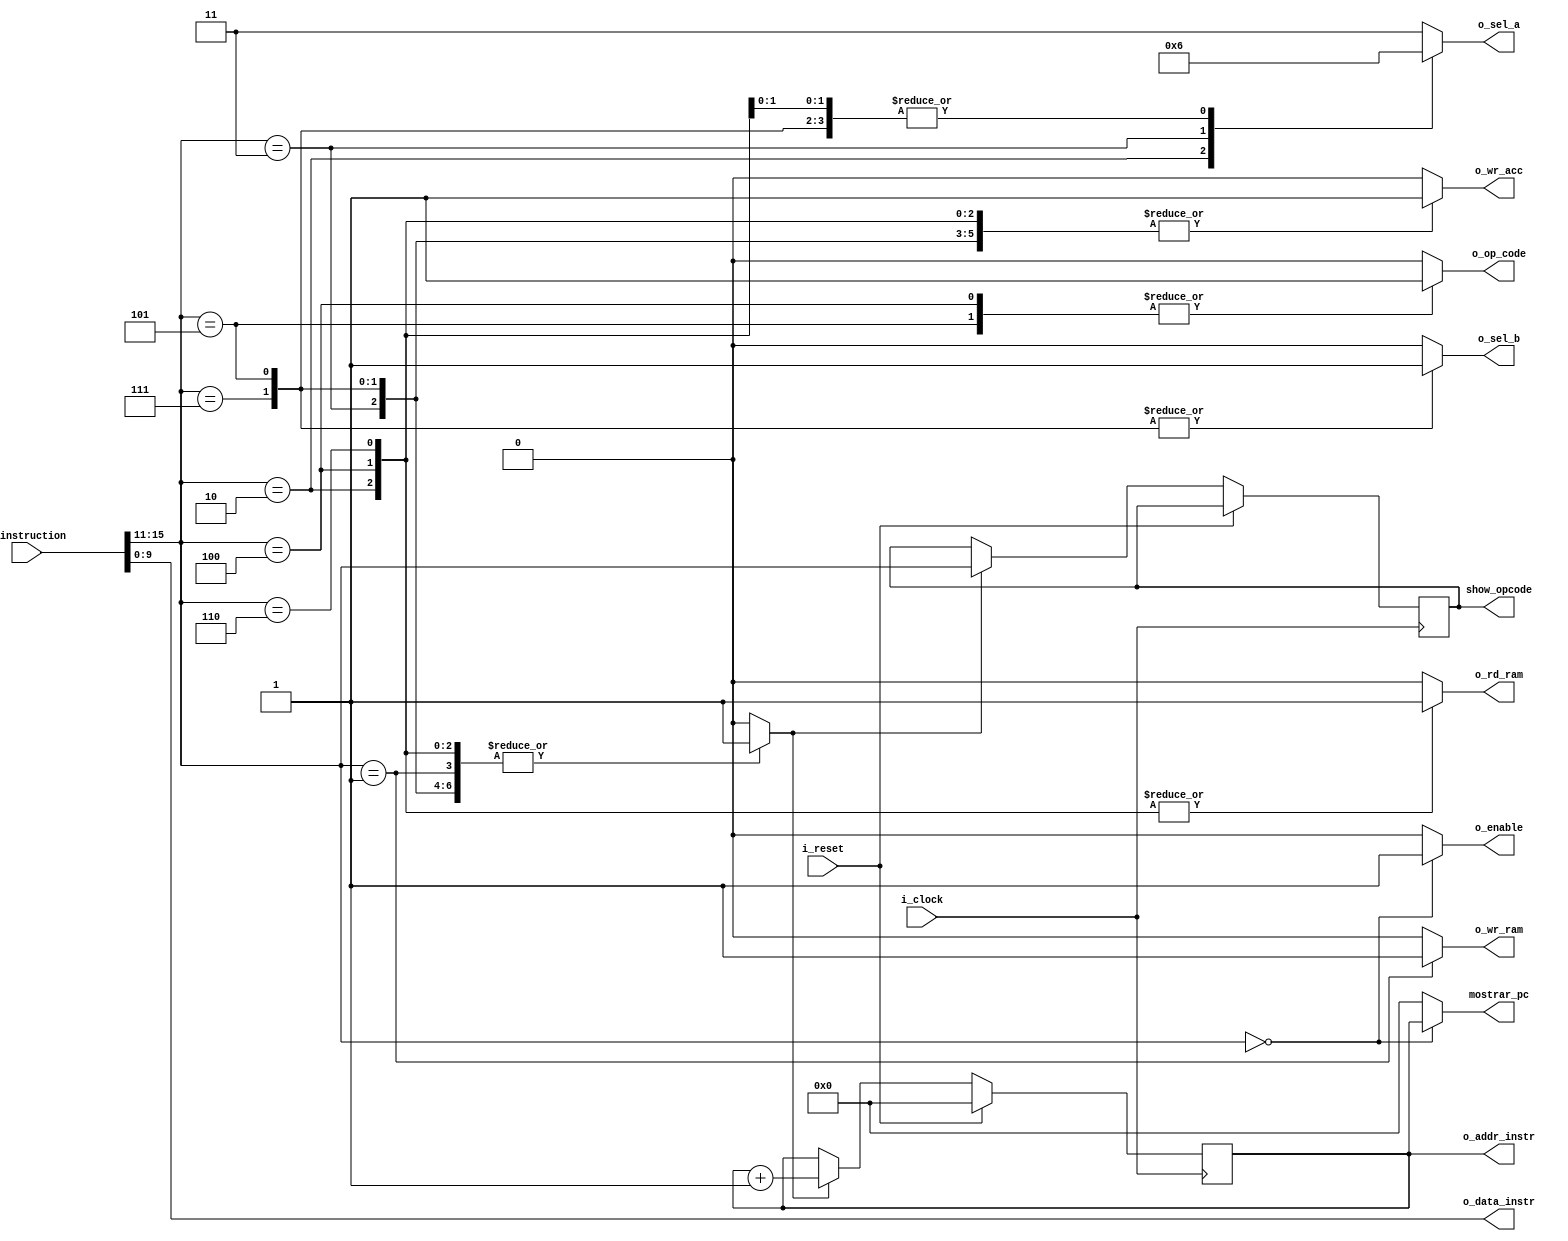
`timescale 1ns / 1ps

module bip_control
#(
    // Parameters.
    parameter 									NB_DATA = 16,
    parameter 									NB_OPCODE = 5,
    parameter 									NB_OPERAND = 11,
    parameter 									N_INSMEM_ADDR = 2048,
    parameter 									NB_INS = 11,
    parameter 									N_DATA_ADDR = 1024, 
    parameter 									LOG2_N_DATA_ADDR = 10,
    parameter 									NB_SEL_A = 2
)
(
    // Outputs.
    output reg 		[NB_SEL_A-1:0]				o_sel_a,
    output reg 									o_sel_b,
    output reg 									o_wr_acc,
    output reg 									o_op_code,
    output reg 									o_wr_ram,
    output reg 									o_rd_ram,
    output wire 	[NB_INS-1:0]                o_addr_instr,
    output wire 	[LOG2_N_DATA_ADDR-1:0]	    o_data_instr,
    output wire     [NB_INS-1:0]                mostrar_pc,
    output reg                                  o_enable,
    output wire     [NB_OPCODE-1:0]             show_opcode,
    // Inputs.
    input  wire 	[NB_DATA-1:0]				i_instruction,
    input  wire 								i_clock,
//    input  wire 								i_valid,
    input  wire 								i_reset 							
) ;	

    //==========================================================================
    // LOCAL PARAMETERS.
    //==========================================================================

    //Operations
    localparam 		[NB_OPERAND-1:0]			HALT = 0;
    localparam 		[NB_OPERAND-1:0]			STORE_VARIABLE = 1;
    localparam 		[NB_OPERAND-1:0]			LOAD_VARIABLE = 2;
    localparam 		[NB_OPERAND-1:0]			LOAD_IMMEDIATE = 3;
    localparam 		[NB_OPERAND-1:0]			ADD_VARIABLE = 4;
    localparam 		[NB_OPERAND-1:0]			ADD_IMMEDIATE = 5;
    localparam 		[NB_OPERAND-1:0]			SUBSTRACT_VARIABLE = 6;
    localparam 		[NB_OPERAND-1:0]			SUBSTRACT_IMMEDIATE = 7;


    //==========================================================================
    // INTERNAL SIGNALS.
    //==========================================================================
    reg 			[NB_INS-1:0]			pc;       //Program Counter Register
    reg 								    wr_pc;     //Add 1 to PC
    reg             [NB_OPCODE-1:0]         opcode;
    reg             [NB_INS-1:0]            pc_reg;
    //==========================================================================
    // ALGORITHM.
    //==========================================================================
    assign o_addr_instr = pc ;
    assign o_data_instr = i_instruction[NB_OPERAND-1:0] ; //LOG2_N_DATA_ADDR
    assign show_opcode = opcode;

    // PC refresh
    always @ (negedge i_clock)
    begin
    	if (i_reset) 
    	begin
    		pc <= 1'b0 ; //{N_INSMEM_ADDR{1'b0}};
    	end
//    	else if (i_valid && wr_pc)
    	else if (wr_pc)
            begin
            pc <= pc + 1'b1 ;
            opcode <= i_instruction[NB_DATA-1-:NB_OPCODE];
            end
    end
    
//    always @ (negedge i_clock)
//    begin
//        if(o_enable)
//        begin
//            pc_reg<=pc;
//        end
//    end
 
    assign mostrar_pc = pc_reg;

    always @(*) begin
    	case(i_instruction[NB_DATA-1-:NB_OPCODE])
    		HALT :
    		begin
    			wr_pc = 1'b0 ;
                o_sel_a = 2'b11 ;
                o_sel_b = 1'b0 ;
                o_wr_acc = 1'b0 ;
                o_op_code = 1'b0 ;
                o_wr_ram = 1'b0 ;
                o_rd_ram = 1'b0 ;
                o_enable = 1'b1;
                pc_reg = pc;
    		end
    		STORE_VARIABLE :
    		begin
    			wr_pc = 1'b1 ;
                o_sel_a = 2'b11 ; //Ver
                o_sel_b = 1'b0 ;
                o_wr_acc = 1'b0 ;
                o_op_code = 1'b0 ;
                o_wr_ram = 1'b1 ;
                o_rd_ram = 1'b0 ;
                o_enable = 1'b0;
                pc_reg = 0;
    		end
    		LOAD_VARIABLE :
    		begin
    			wr_pc = 1'b1 ;
                o_sel_a = 2'b00 ;
                o_sel_b = 1'b0 ;
                o_wr_acc = 1'b1 ;
                o_op_code = 1'b0 ;
                o_wr_ram = 1'b0 ;
                o_rd_ram = 1'b1 ;
                o_enable = 1'b0;
                pc_reg = 0;
    		end
    		LOAD_IMMEDIATE : 
    		begin
    			wr_pc = 1'b1 ;
                o_sel_a = 2'b01 ;
                o_sel_b = 1'b0 ;
                o_wr_acc = 1'b1 ;
                o_op_code = 1'b0 ;
                o_wr_ram = 1'b0 ;
                o_rd_ram = 1'b0 ;
                o_enable = 1'b0;
                pc_reg = 0;
    		end
    		ADD_VARIABLE : 
    		begin
    			wr_pc = 1'b1 ;
                o_sel_a = 2'b10 ;
                o_sel_b = 1'b0 ;
                o_wr_acc = 1'b1 ;
                o_op_code = 1'b1 ;
                o_wr_ram = 1'b0 ;
                o_rd_ram = 1'b1 ;
                o_enable = 1'b0;
                pc_reg = 0;
    		end
    		ADD_IMMEDIATE :
    		begin
    			wr_pc = 1'b1 ;
                o_sel_a = 2'b10 ;
                o_sel_b = 1'b1 ;
                o_wr_acc = 1'b1 ;
                o_op_code = 1'b1 ;
                o_wr_ram = 1'b0 ;
                o_rd_ram = 1'b0 ;
                o_enable = 1'b0;
                pc_reg = 0;
    		end
    		SUBSTRACT_VARIABLE :
    		begin
    			wr_pc = 1'b1 ;
                o_sel_a = 2'b10 ;
                o_sel_b = 1'b0 ;
                o_wr_acc = 1'b1 ;
                o_op_code = 1'b0 ;
                o_wr_ram = 1'b0 ;
                o_rd_ram = 1'b1 ;
                o_enable = 1'b0;
                pc_reg = 0;
    		end
    		SUBSTRACT_IMMEDIATE :
    		begin
    			wr_pc = 1'b1 ;
                o_sel_a = 2'b10 ;
                o_sel_b = 1'b1 ;
                o_wr_acc = 1'b1 ;
                o_op_code = 1'b0 ;
                o_wr_ram = 1'b0 ;
                o_rd_ram = 1'b0 ;
                o_enable = 1'b0;
                pc_reg = 0;
    		end
    		default :
    		begin
    			wr_pc = 1'b0 ;
                o_sel_a = 2'b11 ;
                o_sel_b = 1'b0 ;
                o_wr_acc = 1'b0 ;
                o_op_code = 1'b0 ;
                o_wr_ram = 1'b0 ;
                o_rd_ram = 1'b0 ;
                o_enable = 1'b0;
                pc_reg = 0;
    		end
    	endcase // i_instruction[NB_DATA-1-:NB_OPERAND]
    end

endmodule